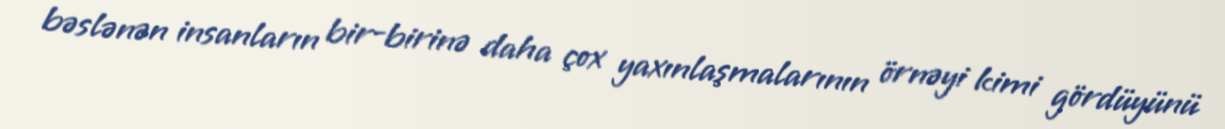
bəslənən insanların bir-birinə daha çox yaxınlaşmalarının örnəyi kimi gördüyünü